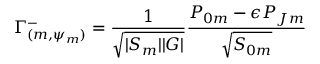
\Gamma _ { ( m , \psi _ { m } ) } ^ { - } = { \frac { 1 } { \sqrt { | { \cal S } _ { m } | | { \cal G } | } } } { \frac { { P } _ { 0 m } - \epsilon { P } _ { J m } } { \sqrt { { S } _ { 0 m } } } }